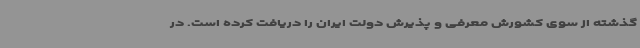
گذشته از سوی کشورش معرفی و پذیرش دولت ایران را دریافت کرده است. در